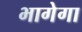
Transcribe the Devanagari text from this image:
भागेगा